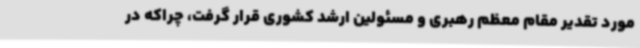
مورد تقدیر مقام معظم رهبری و مسئولین ارشد کشوری قرار گرفت، چراکه در